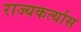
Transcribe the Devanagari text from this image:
राज्यकर्त्यास